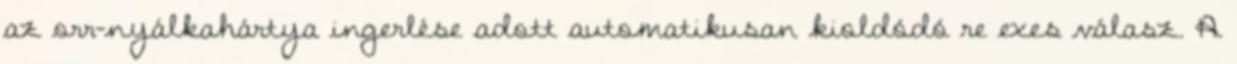
az orr-nyálkahártya ingerlése adott automatikusan kioldódó reﬂexes válasz. A